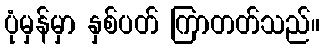
ပုံမှန်မှာ နှစ်ပတ် ကြာတတ်သည်။